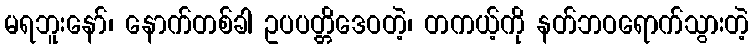
မရဘူးနော်၊ နောက်တစ်ခါ ဥပပတ္တိဒေဝတဲ့၊ တကယ့်ကို နတ်ဘဝရောက်သွားတဲ့